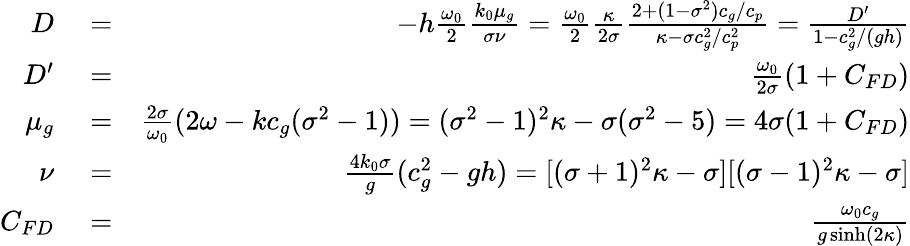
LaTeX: \begin{array}{rlr}{D}&{{}=}&{-h\frac{\omega_{0}}{2}\frac{k_{0}\mu_{g}}{\sigma\nu}=\frac{\omega_{0}}{2}\frac{\kappa}{2\sigma}\frac{2+(1-\sigma^{2})c_{g}/c_{p}}{\kappa-\sigma c_{g}^{2}/c_{p}^{2}}=\frac{D^{\prime}}{1-c_{g}^{2}/(gh)}}\\ {D^{\prime}}&{{}=}&{\frac{\omega_{0}}{2\sigma}(1+C_{FD})}\\ {\mu_{g}}&{{}=}&{\frac{2\sigma}{\omega_{0}}(2\omega-kc_{g}(\sigma^{2}-1))=(\sigma^{2}-1)^{2}\kappa-\sigma(\sigma^{2}-5)=4\sigma(1+C_{FD})}\\ {\nu}&{{}=}&{\frac{4k_{0}\sigma}{g}(c_{g}^{2}-gh)=[(\sigma+1)^{2}\kappa-\sigma][(\sigma-1)^{2}\kappa-\sigma]}\\ {C_{FD}}&{{}=}&{\frac{\omega_{0}c_{g}}{g\sinh(2\kappa)}}\end{array}